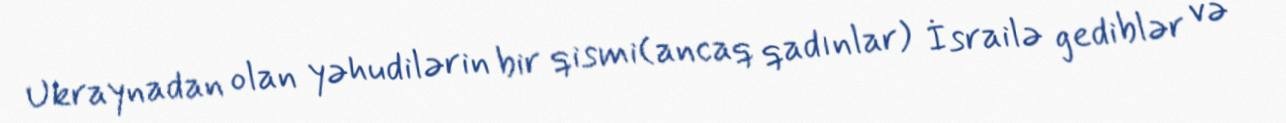
Ukraynadan olan yəhudilərin bir qismi(ancaq qadınlar) İsrailə gediblər və